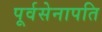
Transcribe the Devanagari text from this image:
पूर्वसेनापति